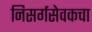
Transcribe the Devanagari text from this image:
निसर्गसेवकचा